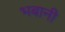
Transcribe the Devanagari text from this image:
भबानी